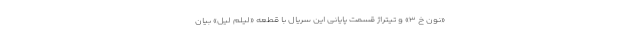
«نون خ ۳» و تیتراژ قسمت پایانی این سریال با قطعه «لیلُم لِیل» بیان